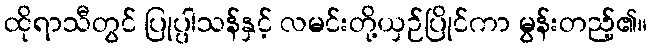
ထိုရာသီတွင် ပြုပ္ပါသန်နှင့် လမင်းတို့ယှဉ်ပြိုင်ကာ မွန်းတည့်၏။